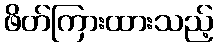
ဖိတ်ကြားထားသည့်